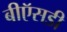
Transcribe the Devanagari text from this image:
बीऍसडी